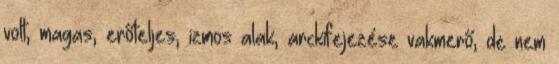
volt, magas, erőteljes, izmos alak, arckifejezése vakmerő, de nem